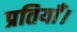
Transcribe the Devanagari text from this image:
प्रतियाँ।